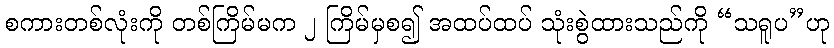
စကားတစ်လုံးကို တစ်ကြိမ်မက ၂ ကြိမ်မှစ၍ အထပ်ထပ် သုံးစွဲထားသည်ကို “သရူပ”ဟု